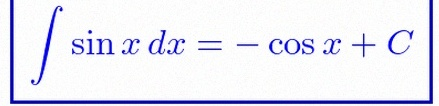
\int \sin x\,dx=-\cos x+C